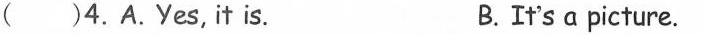
( )4.A.Yes,it is. B.It's a picture.